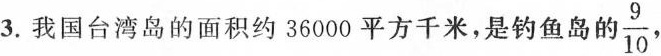
3.我国台湾岛的面积约36000平方千米，是钓鱼岛自 $$\frac{9}{10}$$